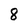
Character: 8